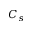
C _ { s }